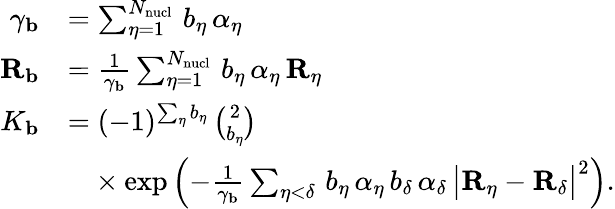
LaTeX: \begin{array}{rl}{\gamma_{\mathbf{b}}}&{=\sum_{\eta=1}^{N_{\mathrm{nucl}}}\, b_{\eta}\, \alpha_{\eta}}\\ {{\mathbf{R}_{\mathbf{b}}}}&{=\frac{1}{\gamma_{\mathbf{b}}}\sum_{\eta=1}^{N_{\mathrm{nucl}}}\, b_{\eta}\, \alpha_{\eta}\, {\mathbf{R}_{\eta}}}\\ {K_{\mathbf{b}}}&{=(-1)^{\sum_{\eta}b_{\eta}}\, {\binom{2}{b_{\eta}}}}\\ &{\phantom{=}\times\exp\left(-\frac{1}{\gamma_{\mathbf{b}}}\sum_{\eta<\delta}\, b_{\eta}\, \alpha_{\eta}\, b_{\delta}\, \alpha_{\delta}\, \big|{\mathbf{R}_{\eta}}-{\mathbf{R}_{\delta}}\big|^{2}\right)\mathrm{.}}\end{array}